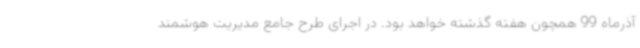
آذرماه 99 همچون هفته گذشته خواهد بود. در اجرای طرح جامع مدیریت هوشمند